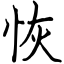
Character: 恢